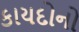
કાયદોનો